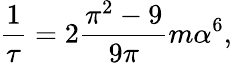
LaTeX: {\frac{1}{\tau}}=2{\frac{\pi^{2}-9}{9\pi}}m\alpha^{6},